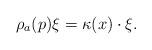
LaTeX: \begin{align*}\rho_a(p)\xi =\kappa (x)\cdot\xi .\end{align*}